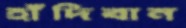
হাঁদিবান